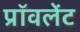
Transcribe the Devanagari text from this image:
प्रॉवलेंट